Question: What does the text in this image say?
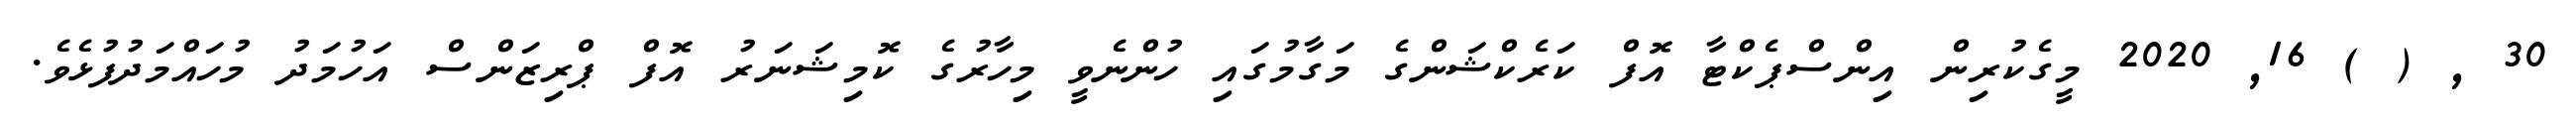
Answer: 30 , ( ) 16, 2020 މީގެކުރިން އިންސްޕެކްޓާ އޮފް ކަރެކްޝަންގެ މަގާމުގައި ހުންނެވީ މިހާރުގެ ކޮމިޝަނަރު އޮފް ޕްރިޒަންސް އަހުމަދު މުހައްމަދުފުޅެވެ.